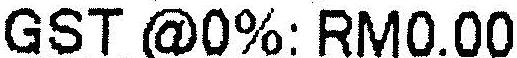
GST @0%: RM0.00